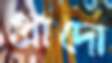
প্রাদো